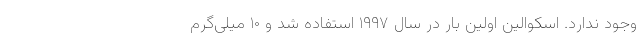
وجود ندارد. اسکوالین اولین بار در سال ۱۹۹۷ استفاده شد و ۱۰ میلی‌گرم